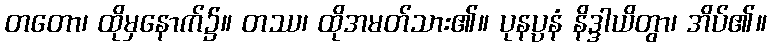
တတော၊ ထိုမှနောက်၌။ တဿ၊ ထိုအမတ်သား၏။ ပုနပ္ပနံ နိဒ္ဒါယိတွာ၊ အိပ်၏။